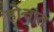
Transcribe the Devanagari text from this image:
होत्तात